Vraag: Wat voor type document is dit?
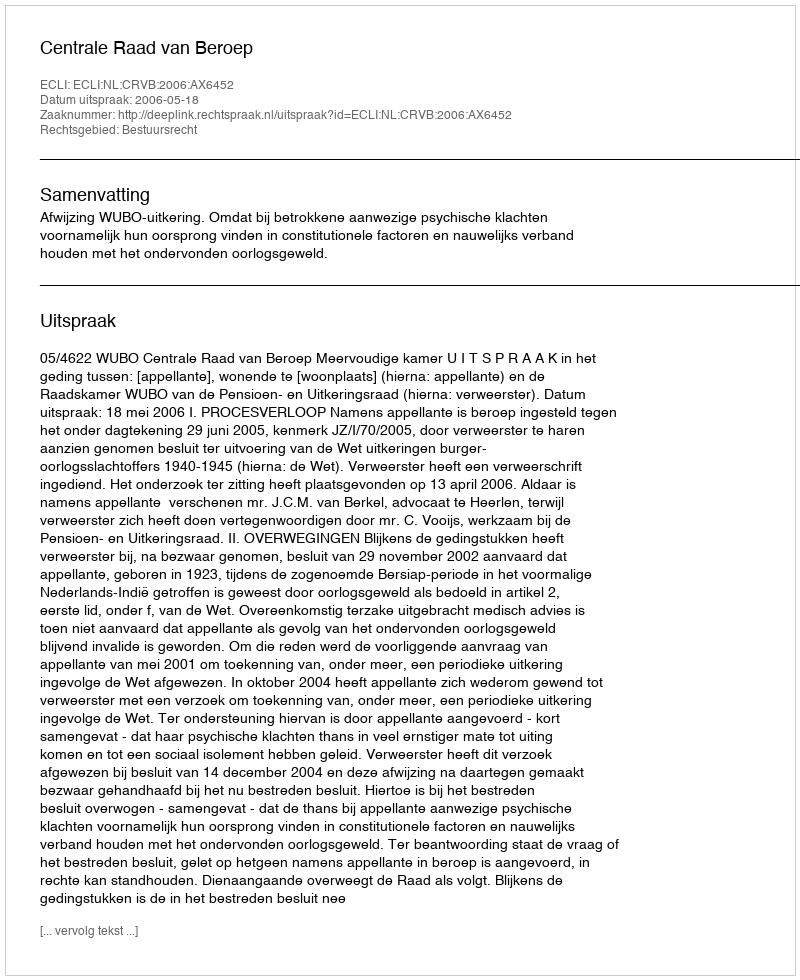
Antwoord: Uitspraak